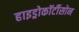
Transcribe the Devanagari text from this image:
हाइड्रोकॉर्टीसोन